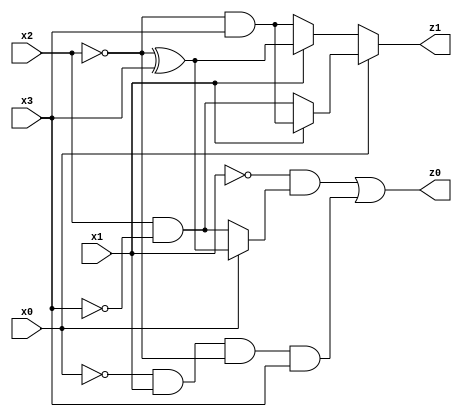
// Benchmark "res" written by ABC on Mon Jul 10 16:00:15 2023

module res ( 
    x0, x1, x2, x3,
    z0, z1  );
  input  x0, x1, x2, x3;
  output z0, z1;
  assign z0 = (~x1 & (x0 ? (~x2 ^ x3) : (x2 & ~x3))) | (~x0 & x1 & ~x2 & x3);
  assign z1 = x0 ? (x1 ? (~x2 & x3) : (x2 & ~x3)) : (x1 ? (~x2 ^ x3) : (~x2 & x3));
endmodule